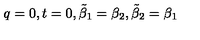
q = 0 , t = 0 , \tilde { \beta } _ { 1 } = \beta _ { 2 } , \tilde { \beta } _ { 2 } = \beta _ { 1 }